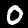
Label: 0